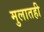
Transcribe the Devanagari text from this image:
मुलातही